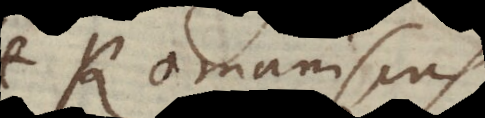
set Romaniscus